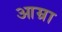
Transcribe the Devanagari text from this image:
आम्रा